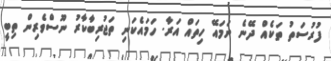
ފުރުސަތު ތަކެއް ދޭނެ ނަމައޭ ހިތައް އަރާ. ހަމައެކަނި ތަޖުރިބާކާރު ނޫސްވެރިން ތިބީ